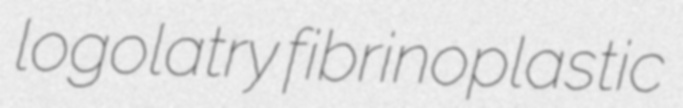
logolatry fibrinoplastic